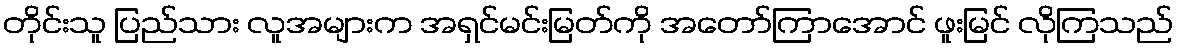
တိုင်းသူ ပြည်သား လူအများက အရှင်မင်းမြတ်ကို အတော်ကြာအောင် ဖူးမြင် လိုကြသည်